Madras plague regulations in force outside the Presidency town - Volume 3
Disease focus: Plague
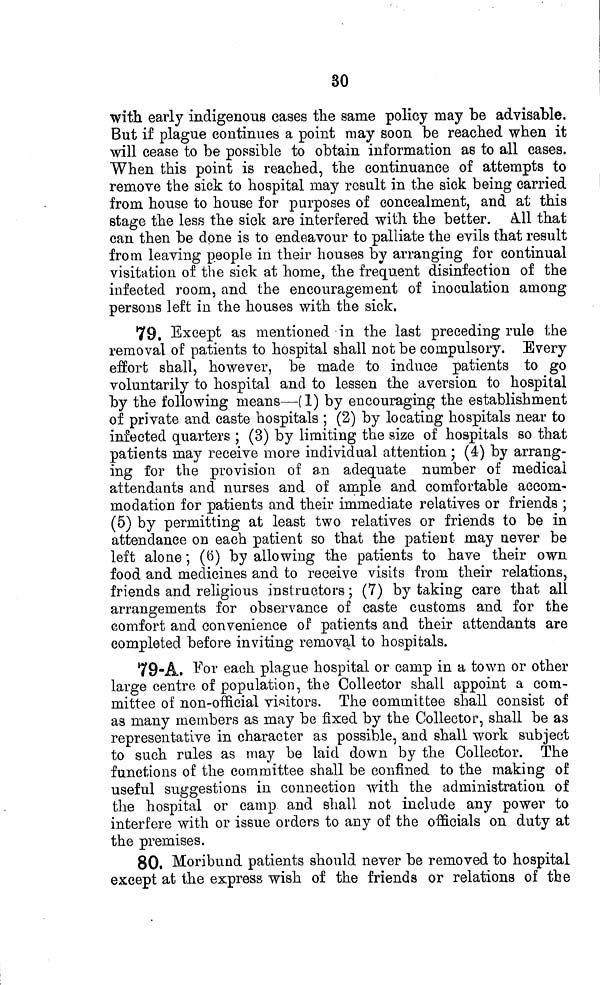
30
with early indigenous cases the same policy may be advisable.
But if plague continues a point may soon be reached when it
will cease to be possible to obtain information as to all cases.
When this point is reached, the continuance of attempts to
remove the sick to hospital may result in the sick being carried
from house to house for purposes of concealment, and at this
stage the less the sick are interfered with the better. All that
can then be done is to endeavour to palliate the evils that result
from leaving people in their houses by arranging for continual
visitation of the sick at home, the frequent disinfection of the
infected room, and the encouragement of inoculation among
persons left in the houses with the sick.
79, Except as mentioned in the last preceding rule the
removal of patients to hospital shall not be compulsory. Every
effort shall, however, be made to induce patients to go
voluntarily to hospital and to lessen the aversion to hospital
by the following means—(1) by encouraging the establishment
of private and caste hospitals ; (2) by locating hospitals near to
infected quarters ; (3) by limiting the size of hospitals so that
patients may receive more individual attention ; (4) by arrang-
ing for the provision of an adequate number of medical
attendants and nurses and of ample and comfortable accom-
modation for patients and their immediate relatives or friends ;
(5) by permitting at least two relatives or friends to be in
attendance on each patient so that the patient may never be
left alone ; (6) by allowing the patients to have their own
food and medicines and to receive visits from their relations,
friends and religious instructors ; (7) by taking care that all
arrangements for observance of caste customs and for the
comfort and convenience of patients and their attendants are
completed before inviting removal to hospitals.
79-A. For each plague hospital or camp in a town or other
large centre of population, the Collector shall appoint a com-
mittee of non-official visitors. The committee shall consist of
as many members as may be fixed by the Collector, shall be as
representative in character as possible, and shall work subject
to such rules as may be laid down by the Collector. The
functions of the committee shall be confined to the making of
useful suggestions in connection with the administration of
the hospital or camp and shall not include any power to
interfere with or issue orders to any of the officials on duty at
the premises.
80. Moribund patients should never be removed to hospital
except at the express wish of the friends or relations of the